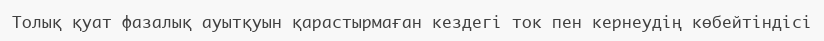
Толық қуат фазалық ауытқуын қарастырмаған кездегі ток пен кернеудің көбейтіндісі